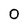
Character: 0